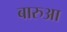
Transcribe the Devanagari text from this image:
बारुआ